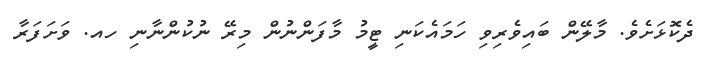
ދެކޮޅަށެވެ. މާލޭން ބައިވެރިވި ހަމައެކަނި ޓީމު މާފަންނުން މިރޭ ނުކުންނާނި ހއ. ވަށަފަރާ